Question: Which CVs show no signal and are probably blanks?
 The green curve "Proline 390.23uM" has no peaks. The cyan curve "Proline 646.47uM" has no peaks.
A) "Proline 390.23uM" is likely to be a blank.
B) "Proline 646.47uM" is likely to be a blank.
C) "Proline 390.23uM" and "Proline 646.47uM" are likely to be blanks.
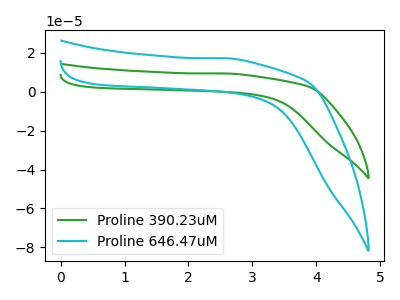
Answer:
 <answer>C) "Proline 390.23uM" and "Proline 646.47uM" are likely to be blanks.</answer>
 <eval>C</eval>